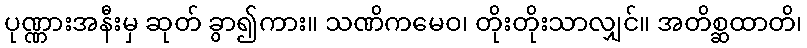
ပုဏ္ဏားအနီးမှ ဆုတ် ခွာ၍ကား။ သဏိကမေဝ၊ တိုးတိုးသာလျှင်။ အတိစ္ဆထာတိ၊